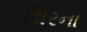
શિરના